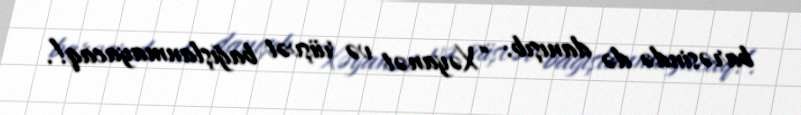
barəsində də danışıb: “Xəyanət və rüşvət bağışlanmayacaq!.